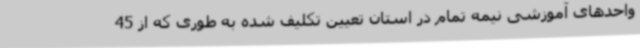
واحدهای آموزشی نیمه تمام در استان تعیین تکلیف شده به طوری که از 45